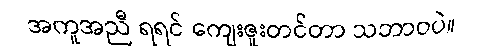
အကူအညီ ရရင် ကျေးဇူးတင်တာ သဘာဝပဲ။